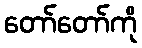
တော်တော်ကို